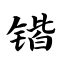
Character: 锴